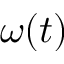
\omega ( t )